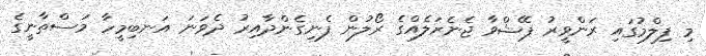
މި ފިލްމުގައި ރަންވީރު ޕޭޝްވާ ޖެނެރަލެއްގެ ރޯލުން ފެނިގެންދާއިރު ދެވަނަ އަނބިމީހާ މަސްތާނީގެ